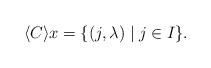
LaTeX: \begin{align*}\langle C \rangle x = \{ (j, \lambda) \mid j \in I\}.\end{align*}